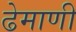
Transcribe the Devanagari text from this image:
ढेमाणी